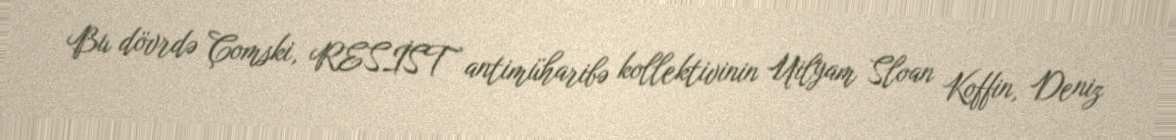
Bu dövrdə Çomski, RESİST antimüharibə kollektivinin Uilyam Sloan Koffin, Deniz